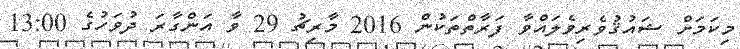
މިކަމަށް ޝައުޤުވެރިވެލައްވާ ފަރާތްތަކުން 2016 މާރިޗު 29 ވާ އަންގާރަ ދުވަހުގެ 13:00